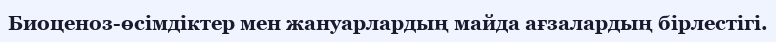
Биоценоз-өсімдіктер мен жануарлардың майда ағзалардың бірлестігі.